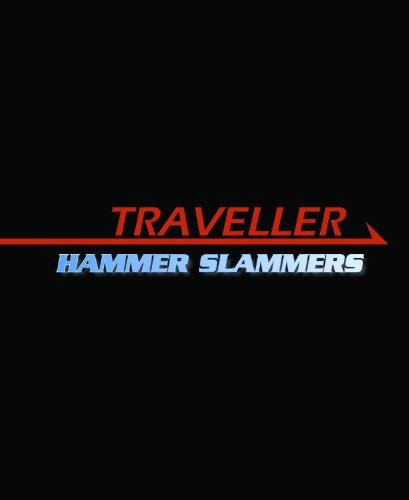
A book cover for Hammer's Slammers (Traveller Sci-Fi Roleplaying); Gareth Hanrahan; Science Fiction & Fantasy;